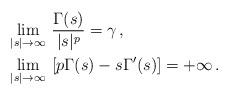
LaTeX: \begin{align*}&\lim_{|s|\to\infty}\, \frac{\Gamma(s)}{|s|^p} = \gamma\,,\\&\lim_{|s|\to\infty} \,\left[p\Gamma(s) - s \Gamma'(s) \right]= +\infty \,.\end{align*}